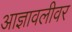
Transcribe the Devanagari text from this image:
आज्ञावलीवर